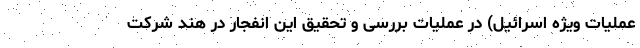
عملیات ویژه اسرائیل) در عملیات بررسی و تحقیق این انفجار در هند شرکت